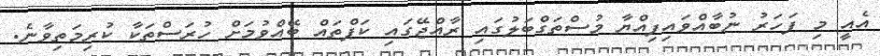
އެއީ މި ފަހަރު ނުބާއްވައިފިއްޔާ މުސްތަގްބަލުގައި ރާއްޖޭގައި ކަޕްތައް ބޭއްވުމަށް ހުރަސްތަކާ ކުރިމަތިވާނެ.